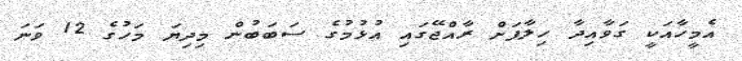
އެމީހާއަކީ ގަވާއިދާ ހިލާފަށް ރާއްޖޭގައި އުޅުމުގެ ސަބަބުން މިދިޔަ މަހުގެ 12 ވަނަ